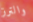
والترز